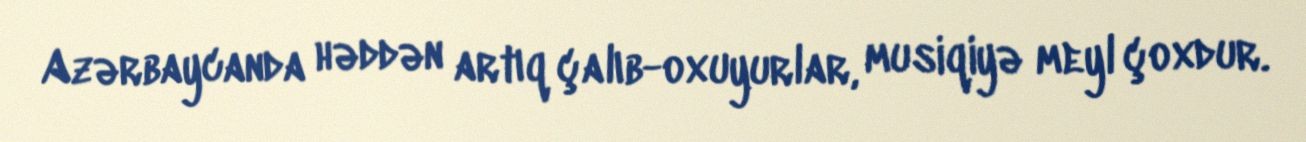
Azərbaycanda həddən artıq çalıb-oxuyurlar, musiqiyə meyl çoxdur.